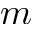
m